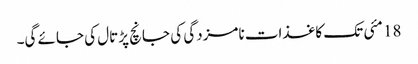
18 مئی تک کاغذات نامزدگی کی جانچ پڑتال کی جائے گی۔